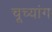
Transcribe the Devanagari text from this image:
चूच्यांग